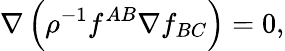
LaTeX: \nabla\left(\rho^{-1}f^{AB}\nabla f_{BC}\right)=0,